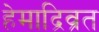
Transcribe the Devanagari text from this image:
हेमाद्रिव्रत